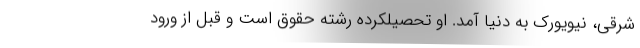
شرقی، نیویورک به دنیا آمد. او تحصیلکرده رشته حقوق است و قبل از ورود